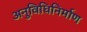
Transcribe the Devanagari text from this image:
अनुविधिनिर्माण